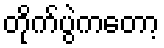
တိုက်ပွဲကတော့